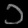
Digit: ၁